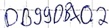
Text: DB99DBX0.2